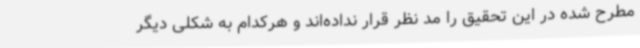
مطرح شده در این تحقیق را مد نظر قرار نداده‌اند و هرکدام به شکلی دیگر